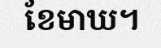
ខែមាឃ។